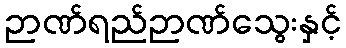
ဉာဏ်ရည်ဉာဏ်သွေးနှင့်